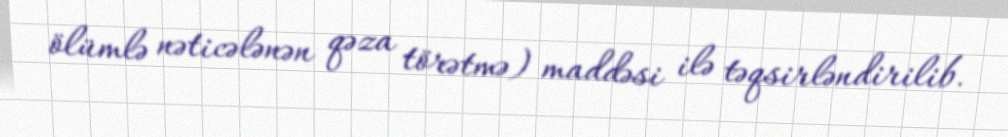
ölümlə nəticələnən qəza törətmə) maddəsi ilə təqsirləndirilib.